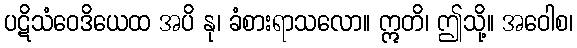
ပဋိသံဝေဒိယေထ အပိ နု၊ ခံစားရာသလော။ ဣတိ၊ ဤသို့။ အဝေါစ၊